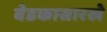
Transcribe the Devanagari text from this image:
बेडकासारखे